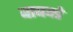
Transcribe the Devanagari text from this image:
बाबवडे